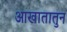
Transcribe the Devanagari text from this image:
आखातातुन